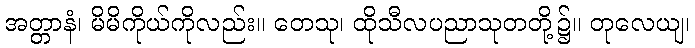
အတ္တာနံ၊ မိမိကိုယ်ကိုလည်း။ တေသု၊ ထိုသီလပညာသုတတို့၌။ တုလေယျ၊